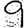
Digit: 9